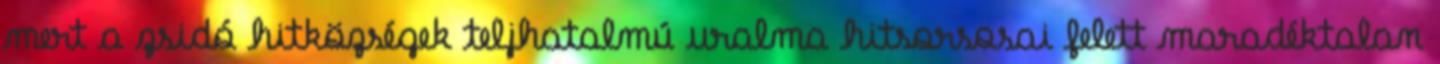
mert a zsidó hitközségek teljhatalmú uralma hitsorsosai felett maradéktalan